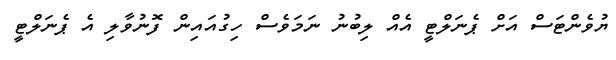
ޔުވެންޓަސް އަށް ޕެނަލްޓީ އެއް ލިބުނު ނަމަވެސް ހިގުއައިން ފޮނުވާލި އެ ޕެނަލްޓީ